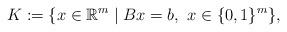
LaTeX: \begin{align*} K := \{ x \in \mathbb{R}^{m} \;|\; Bx=b, ~x \in \{0,1\}^{m} \},\end{align*}